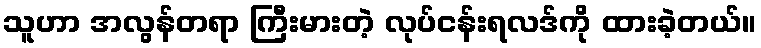
သူဟာ အလွန်တရာ ကြီးမားတဲ့ လုပ်ငန်းရလဒ်ကို ထားခဲ့တယ်။